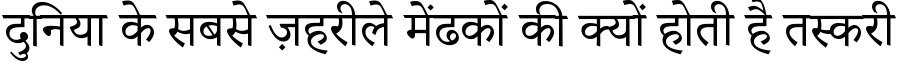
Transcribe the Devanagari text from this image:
दुनिया के सबसे ज़हरीले मेंढकों की क्यों होती है तस्करी